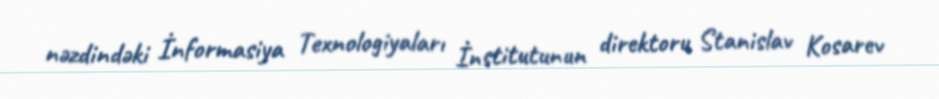
nəzdindəki İnformasiya Texnologiyaları İnstitutunun direktoru Stanislav Kosarev